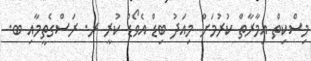
މިސްކިތް އިމާރާތް ކުރުމަށް މިއަދު ބިޑް އެވޯޑް ކުރީ ރ. ރަސްގެތީމާއި ބ.